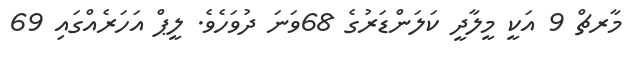
މާރޗް 9 އަކީ މީލާދީ ކަލަންޑަރުގެ 68ވަނަ ދުވަހެވެ. ލީޕް އަހަރެއްގައި 69